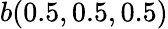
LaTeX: b(0.5,0.5,0.5)